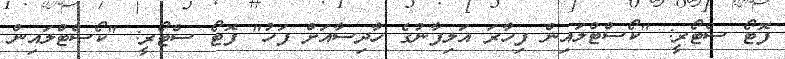
ފޮޓޯ ސްޓޯރީ: "ކޯސްޓްލައިން ފިހާރަ އަލިފާނުގެ ހާދިސާއަށް ފަހު" ފޮޓޯ ސްޓޯރީ: "ކޯސްޓްލައިން